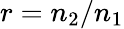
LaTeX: r=n_{2}/n_{1}